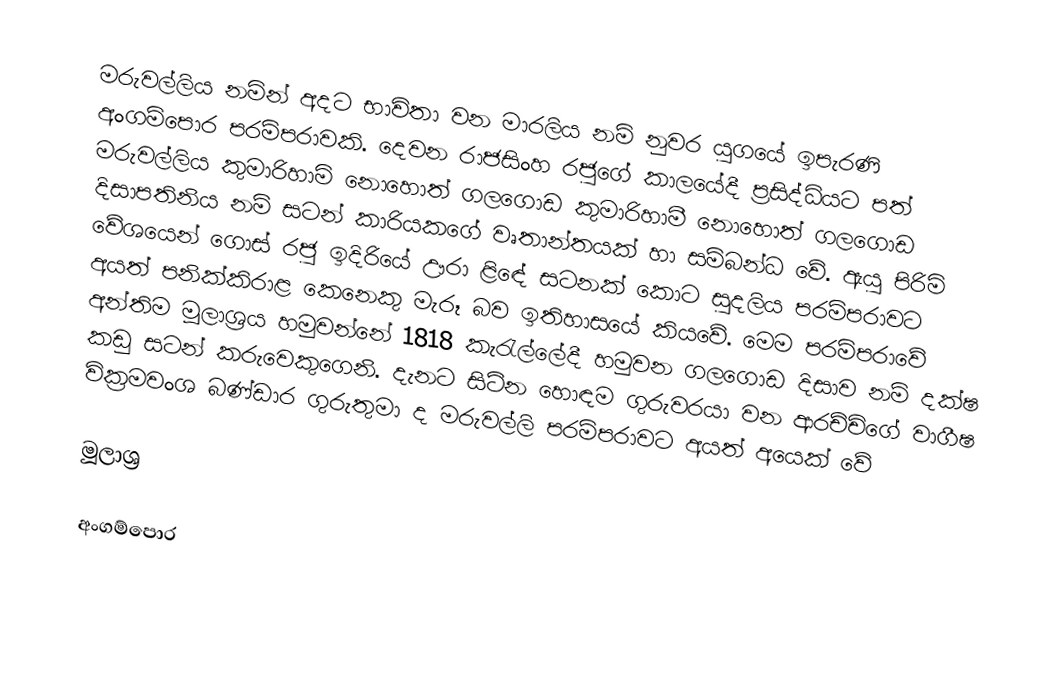
මරුවල්ලිය නමින් අදට භාවිතා වන මාරලිය නම් නුවර යුගයේ ඉපැරණි අංගම්පොර පරම්පරාවකි. දෙවන රාජසිංහ රජුගේ කාලයේදී ප්‍රසිද්ධියට පත් මරුවල්ලිය කුමාරිහාමි නොහොත් ගලගොඩ කුමාරිහාමී නොහොත් ගලගොඩ දිසාපතිනිය නම් සටන් කාරියකගේ වෘතාන්තයක් හා සම්බන්ධ වේ. ඇයු පිරිමි වේශයෙන් ගොස් රජු ඉදිරියේ  ඌරා ළිඳේ සටනක් කොට සුදලිය පරම්පරාවට අයත් පනික්කිරාළ කෙනෙකු මැරූ බව ඉතිහාසයේ කියවේ. මෙම පරම්පරාවේ අන්තිම මූලාශ්‍රය හමුවන්නේ 1818 කැරැල්ලේදී හමුවන ගලගොඩ දිසාව නම් දක්ෂ කඩු සටන් කරුවෙකුගෙනි. දැනට සිටින හොඳම ගුරුවරයා වන ආරච්චිගේ වාගීෂ වික්‍රමවංශ බණ්ඩාර ගුරුතුමා ද මරුවල්ලි පරම්පරාවට අයත් අයෙක් වේ

මූලාශ්‍ර

අංගම්පොර